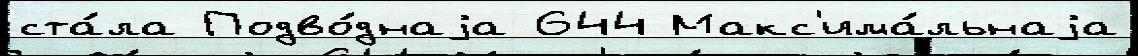
ста́ла Подво́днаjа 644 Макс'има́льнаjа